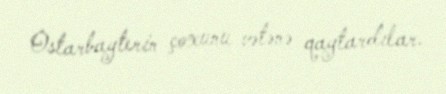
Ostarbayterin çoxunu vətənə qaytardılar.